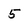
Character: 5